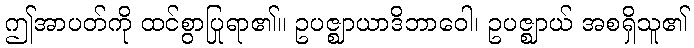
ဤအာပတ်ကို ထင်စွာပြုရာ၏။ ဥပဇ္ဈာယာဒိဘာဝေါ၊ ဥပဇ္ဈာယ် အစရှိသူ၏